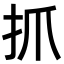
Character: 抓